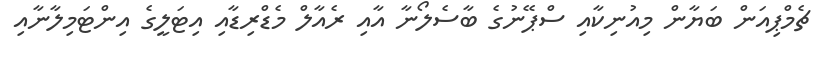
ޗެމްޕިއަން ބަޔާން މިއުނިކާއި ސްޕޭނުގެ ބާސެލޯނާ އާއި ރެއާލް މެޑްރިޑާއި އިޓަލީގެ އިންޓަމިލާނާއި